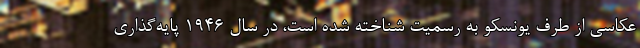
عکاسی از طرف یونسکو به رسمیت شناخته شده است، در سال ۱۹۴۶ پایه‌گذاری